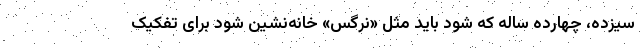
سیزده، چهارده ساله که شود باید مثل «نرگس» خانه‌نشین شود برای تفکیک